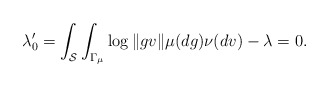
\begin{align*}\lambda'_0 = \int_{\mathcal S} \int_{\Gamma_{\mu}} \log \|g v\| \mu(dg) \nu(dv) - \lambda = 0. \end{align*}